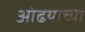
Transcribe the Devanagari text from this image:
ओढयाच्या